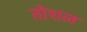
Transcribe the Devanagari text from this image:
तोशल